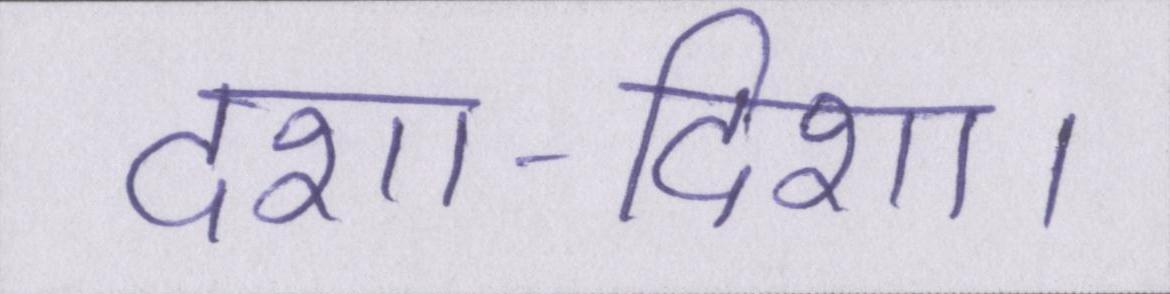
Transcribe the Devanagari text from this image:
दशा-दिशा।